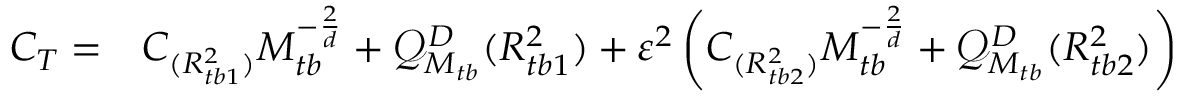
\begin{array} { r l } { C _ { T } = } & { { } C _ { ( { R _ { t b 1 } ^ { 2 } } ) } M _ { t b } ^ { - \frac { 2 } { d } } + \mathcal { Q } _ { M _ { t b } } ^ { D } ( R _ { t b 1 } ^ { 2 } ) + \varepsilon ^ { 2 } \left( C _ { ( { R _ { t b 2 } ^ { 2 } } ) } M _ { t b } ^ { - \frac { 2 } { d } } + \mathcal { Q } _ { M _ { t b } } ^ { D } ( R _ { t b 2 } ^ { 2 } ) \right) } \end{array}